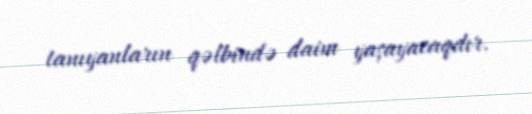
tanıyanların qəlbində daim yaşayacaqdır.